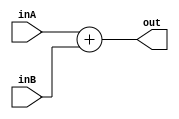
module addAlu(inA,inB,out);
input [31:0] inA, inB;
output [31:0] out;

assign out = inA + inB;

endmodule